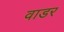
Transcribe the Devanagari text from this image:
वाडर